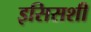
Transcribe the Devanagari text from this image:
इसिसशी